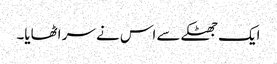
ایک جھٹکے سے اس نے سر اٹھایا۔